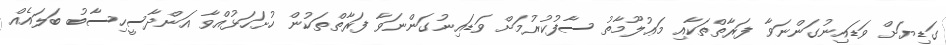
ގަޑިޔަށް ވަޑައިނުގަންނަވާ ފަރާތްތަކާއި މަޢުލޫމާތު ސާފުކުރުމަށް ވަޑައިނުގަންނަވާ ފަރާތްތަކުން ހުށަހަޅުއްވާ އަންދާސީހިސާބު ބަލައެއް